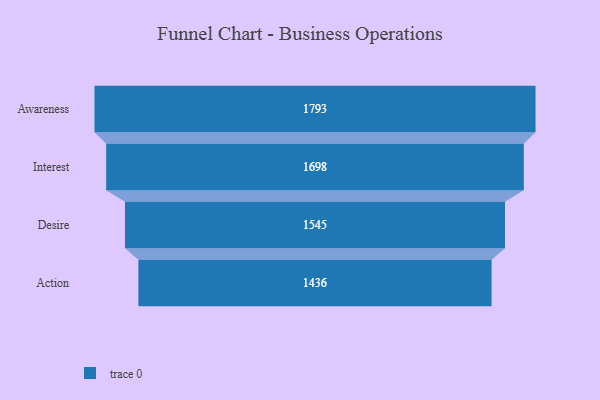
{"axis": {"x": "Stage", "y": "Value"}, "legend": [""], "data": [{"x": "Awareness", "y": 1793.0, "type": ""}, {"x": "Interest", "y": 1698.0, "type": ""}, {"x": "Desire", "y": 1545.0, "type": ""}, {"x": "Action", "y": 1436.0, "type": ""}]}